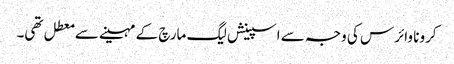
کرونا وائرس کی وجہ سے اسپینش لیگ مارچ کے مہینے سے معطل تھی۔